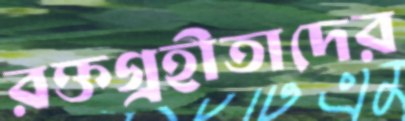
রক্তগ্রহীতাদের